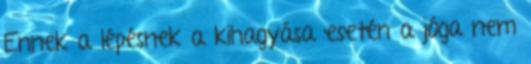
Ennek a lépésnek a kihagyása esetén a jóga nem